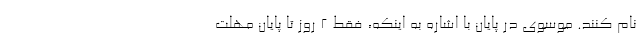
نام کنند. موسوی در پایان با اشاره به اینکه، فقط ۲ روز تا پایان مهلت